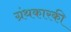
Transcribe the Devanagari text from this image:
ग्रंथकारकी